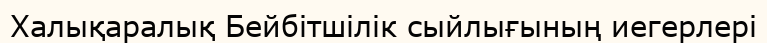
Халықаралық Бейбітшілік сыйлығының иегерлері